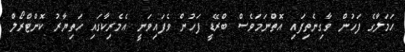
ހަމަލާގެ ފަހުން ވާގިނެތިފައި އޮތްނަމަވެސް ބްރޭޑީ ފަހުން ވެފައިވަނީ އެމެރިކާގައި ހަތިޔާރު ކޮންޓްރޯލް